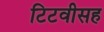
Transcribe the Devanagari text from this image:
टिटवीसह